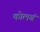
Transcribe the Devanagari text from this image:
कोलबं